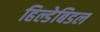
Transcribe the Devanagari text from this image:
हिल्डेबिडल